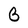
Character: G